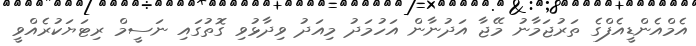
އެމްއެންޑީއެފްގެ ތަރުޖަމާނު މޭޖާ އަދުނާން އަހުމަދު މިއަދު ވިދާޅުވި ގޮތުގައި ނަސީމް ރިޓަޔަކުރެއްވީ